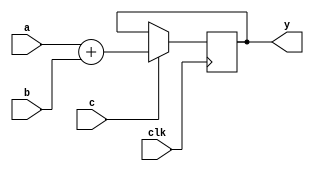
module example(input clk, a, b, c,
               output reg [1:0] y);
    always @(posedge clk)
        if (c)
            y <= c ? a + b : 2'd0;
endmodule